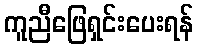
ကူညီဖြေရှင်းပေးရန်